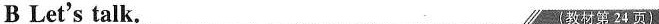
B Let's talk. ( 教材第 24 页)